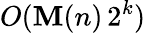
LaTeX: O(\mathbf{M}(n)\, 2^{k})